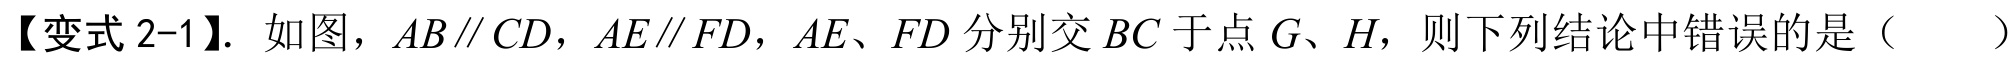
【变式2-1】. 如图，\(AB\parallel CD\)，\(AE\parallel FD\)，\(AE\)、\(FD\)分别交\(BC\)于点\(G\)、\(H\)，则下列结论中错误的是（  ）